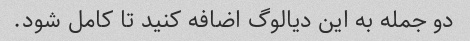
دو جمله به این دیالوگ اضافه کنید تا کامل شود.